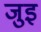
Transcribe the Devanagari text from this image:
जुइ